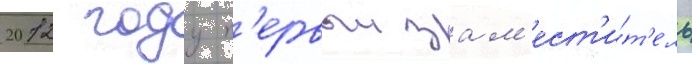
2012 году п'ервыи зам'ест'и́т'ель